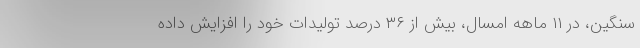
سنگین، در ۱۱ ماهه امسال، بیش از ۳۶ درصد تولیدات خود را افزایش داده